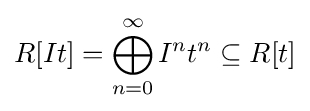
R[It]=\bigoplus _{n=0}^{\infty }I^{n}t^{n}\subseteq R[t]